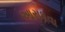
આરાધવા